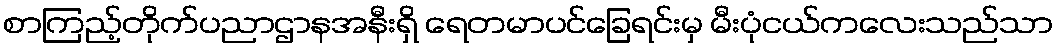
စာကြည့်တိုက်ပညာဌာနအနီးရှိ ရေတမာပင်ခြေရင်းမှ မီးပုံငယ်ကလေးသည်သာ